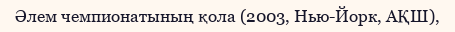
Әлем чемпионатының қола (2003, Нью-Йорк, АҚШ),